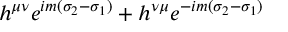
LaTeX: h ^ { \mu \nu } e ^ { i m ( \sigma _ { 2 } - \sigma _ { 1 } ) } + h ^ { \nu \mu } e ^ { - i m ( \sigma _ { 2 } - \sigma _ { 1 } ) }